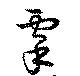
虖